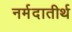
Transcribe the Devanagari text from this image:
नर्मदातीर्थ